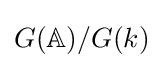
G(\mathbb {A} )/G(k)